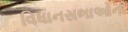
વિધાનસભાઓની